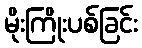
မိုးကြိုးပစ်ခြင်း